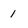
Character: 1